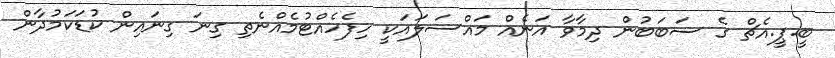
ބީ.ޕީ.އެޗް ގެ ސަބަބުން ދިމާވާ އަނެއް މައްސަލައަކީ ހިފެހެއްޓުމެއްނެތި ގިނަ ގިނައިން ކުޑަކަމުދާން